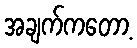
အချက်ကတော့